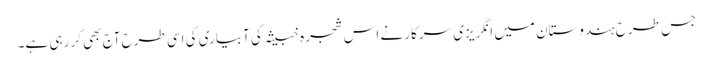
جس طرح ہندوستان میں انگریزی سرکار نے اس شجرہ خبیثہ کی آبیاری کی اسی طرح آج بھی کر رہی ہے۔